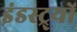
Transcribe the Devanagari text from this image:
इंडस्ट्र्यों